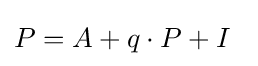
\textstyle P=A+q\cdot P+I\,\